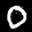
Label: 0